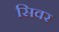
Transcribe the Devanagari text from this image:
सिवर